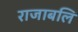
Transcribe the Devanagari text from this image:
राजाबलि